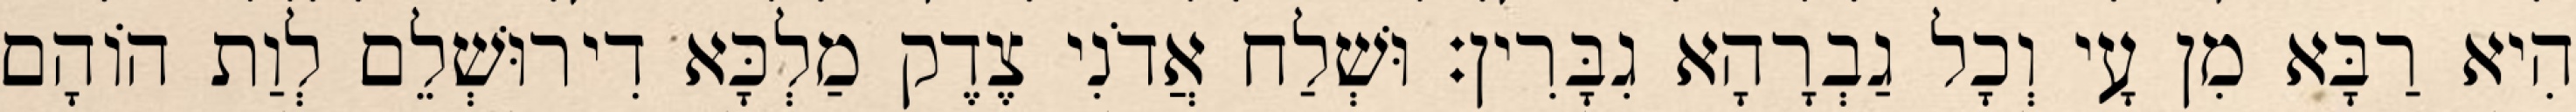
הִיא רַבָּא מִן עָי וְכָל גַבְרָהָא גִבָּרִין׃ וּשְׁלַח אֲדֹנִי צֶדֶק מַלְכָּא דִירוּשְׁלֵם לְוַת הוֹהָם